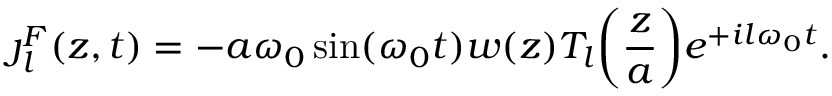
\boldsymbol { \jmath } _ { l } ^ { F } ( z , t ) = - a \omega _ { 0 } \sin ( \omega _ { 0 } t ) w ( z ) T _ { l } \bigg ( \frac { z } { a } \bigg ) e ^ { + i l \omega _ { 0 } t } .